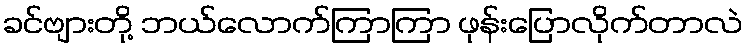
ခင်ဗျားတို့ ဘယ်လောက်ကြာကြာ ဖုန်းပြောလိုက်တာလဲ